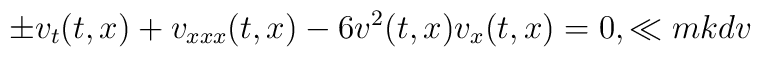
\pm v_t(t,x)+v_{xxx}(t,x)-6v^2(t,x)v_x(t,x)=0,\ll{mkdv}